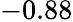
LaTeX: -0.88